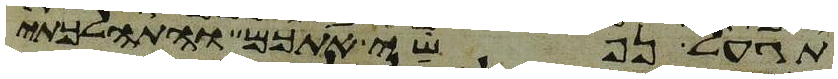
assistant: תגעל נפשי אתכם והתהלכתי